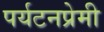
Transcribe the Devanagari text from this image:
पर्यटनप्रेमी